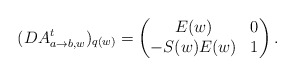
\begin{align*}(DA_{a\to b,w}^t)_{q(w)}=\begin{pmatrix}E(w) &0\\-S(w)E(w) &1\end{pmatrix}.\end{align*}